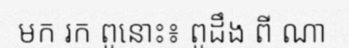
មក រក ពូនោះ៖ ពូដឹង ពី ណា